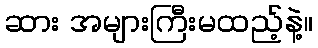
ဆား အများကြီးမထည့်နဲ့။